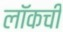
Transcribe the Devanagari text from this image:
लॉकची